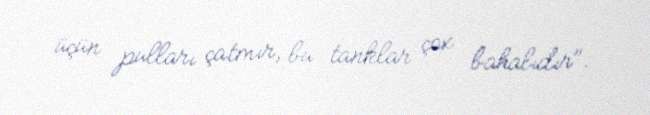
üçün pulları çatmır, bu tanklar çox bahalıdır".